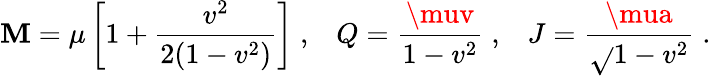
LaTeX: \mathbf{M}=\mu\left[1+{\frac{{v^{2}}}{{2(1-v^{2})}}}\right]\; ,\; \; \; Q={\frac{{\muv}}{{1-v^{2}}}}\; ,\; \; \; J={\frac{{\mua}}{{\sqrt{}{{1-v^{2}}}}}}\; .